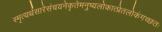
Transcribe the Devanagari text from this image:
स्मृत्यर्थसारेसंचयनेकृतेमनुष्यलोकात्प्रेतलोकंगच्छतः